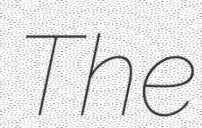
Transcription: The